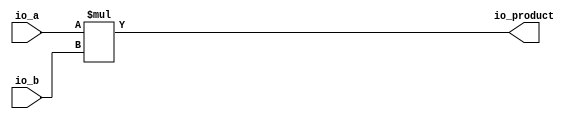
// This program was cloned from: https://github.com/wilfredkisku/CHISEL3-PROJECTS
// License: The Unlicense

module SignedMultiplier(
  input  [7:0]  io_a,
  input  [7:0]  io_b,
  output [15:0] io_product
);
  assign io_product = $signed(io_a) * $signed(io_b); // @[SignedMultipler.scala 10:22]
endmodule
module SignedAdder(
  input  [7:0] io_a,
  input  [7:0] io_b,
  output [7:0] io_sum
);
  assign io_sum = $signed(io_a) + $signed(io_b); // @[SignedAdder.scala 13:18]
endmodule
module MACUnit(
  input         clock,
  input         reset,
  input  [7:0]  io_inputA,
  input  [7:0]  io_inputB,
  input  [7:0]  io_weight,
  output [15:0] io_output
);
  wire [7:0] multiplier_io_a; // @[MACUnit.scala 11:26]
  wire [7:0] multiplier_io_b; // @[MACUnit.scala 11:26]
  wire [15:0] multiplier_io_product; // @[MACUnit.scala 11:26]
  wire [7:0] adder_io_a; // @[MACUnit.scala 12:21]
  wire [7:0] adder_io_b; // @[MACUnit.scala 12:21]
  wire [7:0] adder_io_sum; // @[MACUnit.scala 12:21]
  SignedMultiplier multiplier ( // @[MACUnit.scala 11:26]
    .io_a(multiplier_io_a),
    .io_b(multiplier_io_b),
    .io_product(multiplier_io_product)
  );
  SignedAdder adder ( // @[MACUnit.scala 12:21]
    .io_a(adder_io_a),
    .io_b(adder_io_b),
    .io_sum(adder_io_sum)
  );
  assign io_output = {{8{adder_io_sum[7]}},adder_io_sum}; // @[MACUnit.scala 20:13]
  assign multiplier_io_a = io_inputA; // @[MACUnit.scala 14:19]
  assign multiplier_io_b = io_weight; // @[MACUnit.scala 15:19]
  assign adder_io_a = multiplier_io_product[7:0]; // @[MACUnit.scala 17:14]
  assign adder_io_b = io_inputB; // @[MACUnit.scala 18:14]
endmodule